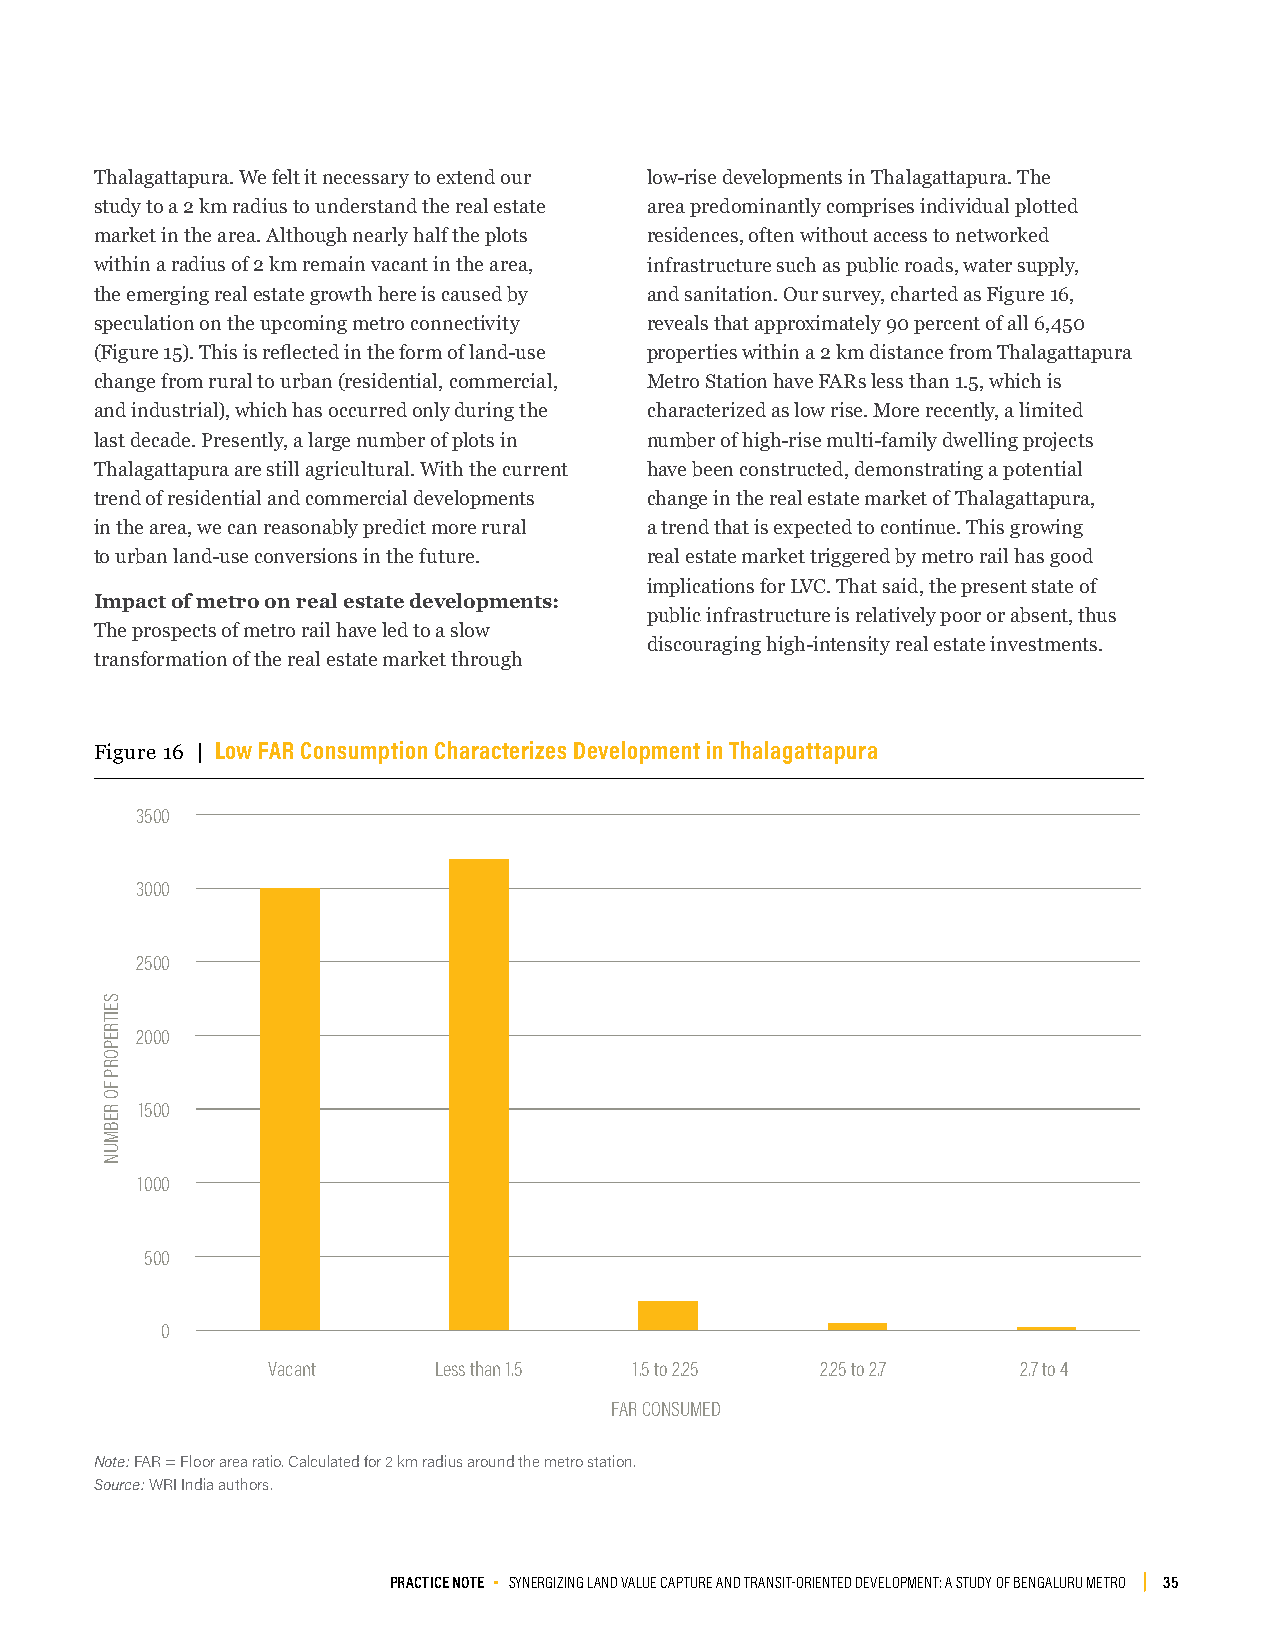
Thalagattapura. We felt it necessary to extend our low-rise developments in Thalagattapura. The
 study to a 2 km radius to understand the real estate area predominantly comprises individual plotted
 market in the area. Although nearly half the plots residences, often without access to networked
 within a radius of 2 km remain vacant in the area, infrastructure such as public roads, water supply,
 the emerging real estate growth here is caused by and sanitation. Our survey, charted as Figure 16,
 speculation on the upcoming metro connectivity reveals that approximately 90 percent of all 6,450
 (Figure 15). This is reflected in the form of land-use properties within a 2 km distance from Thalagattapura
 change from rural to urban (residential, commercial, Metro Station have FARs less than 1.5, which is
 and industrial), which has occurred only during the characterized as low rise. More recently, a limited
 last decade. Presently, a large number of plots in number of high-rise multi-family dwelling projects
 Thalagattapura are still agricultural. With the current have been constructed, demonstrating a potential
 trend of residential and commercial developments change in the real estate market of Thalagattapura,
 in the area, we can reasonably predict more rural a trend that is expected to continue. This growing
 to urban land-use conversions in the future. real estate market triggered by metro rail has good
 implications for LVC. That said, the present state of
 Impact of metro on real estate developments:
 public infrastructure is relatively poor or absent, thus
 The prospects of metro rail have led to a slow
 discouraging high-intensity real estate investments.
 transformation of the real estate market through
 Figure 16 | Low FAR Consumption Characterizes Development in Thalagattapura
 3500
 3000
 2500
 2000
 1500
 1000
 500
 0
 Vacant     Less than 1.5 1.5 to 2.25 2.25 to 2.7  2.7 to 4
 FAR CONSUMED
 Note: FAR = Floor area ratio. Calculated for 2 km radius around the metro station.
 Source: WRI India authors.
 PRACTICE NOTE ▪ SYNERGIZING LAND VALUE CAPTURE AND TRANSIT-ORIENTED DEVELOPMENT: A STUDY OF BENGALURU METRO 35
 SEITREPORP
 FO
 REBMUN